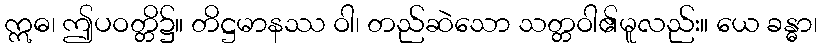
ဣဓ၊ ဤပဝတ္တိ၌။ တိဋ္ဌမာနဿ ဝါ၊ တည်ဆဲသော သတ္တဝါ၏မူလည်း။ ယေ ခန္ဓာ၊